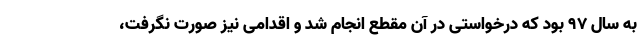
به سال ٩٧ بود که درخواستی در آن مقطع انجام شد و اقدامی نیز صورت نگرفت،